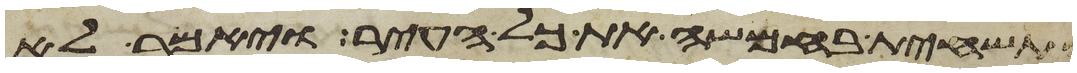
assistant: התשחית בחמשה את כל העיר ויאמר לא